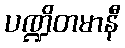
ပဏ္ဍိတမာနီ